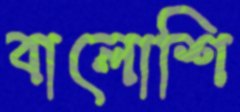
বালোশি